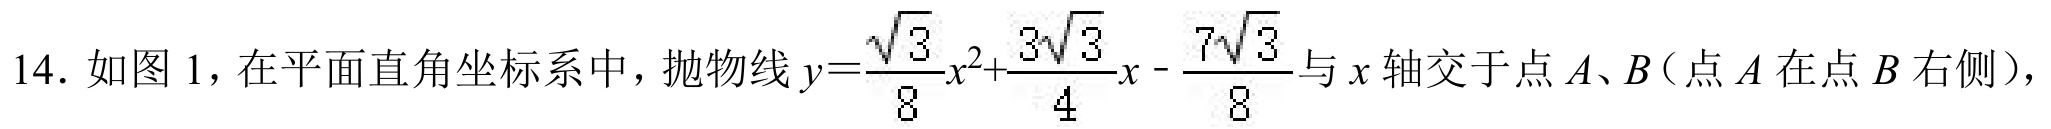
14. 如图 1，在平面直角坐标系中，抛物线\(y = \dfrac{\sqrt{3}}{8}x^{2}+\dfrac{3\sqrt{3}}{4}x-\dfrac{7\sqrt{3}}{8}\)与\(x\)轴交于点\(A、B\)（点\(A\)在点\(B\)右侧），